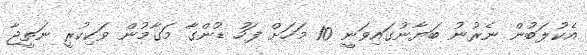
އެކުލަބުން ނެރުނު ބަޔާނުގައިވަނީ 10 މަހަށް ފަހު ޑުންގާ މަގާމުން ވަކިކުރީ ނަތީޖާ